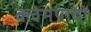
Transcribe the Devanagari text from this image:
क्लेमपादों